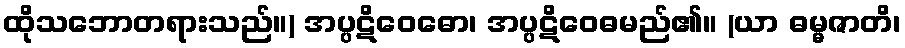
ထိုသဘောတရားသည်။) အပ္ပဋိဝေဓော၊ အပ္ပဋိဝေဓမည်၏။ (ယာ ဓမ္မဇာတိ၊